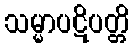
သမ္မာပဋိပတ္တိ